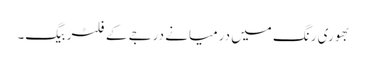
بھوری رنگ میں درمیانے درجے کے فلٹر بیگ۔